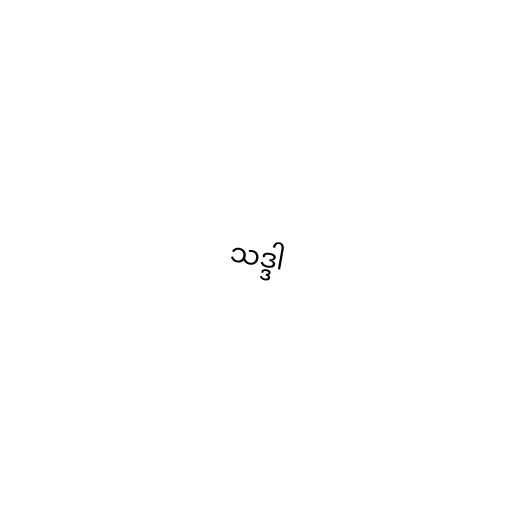
သဒ္ဒါ